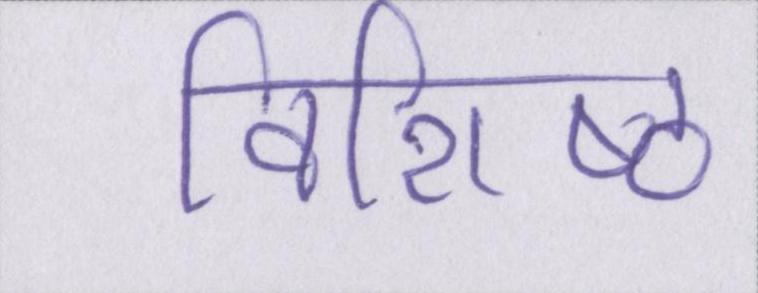
विशिष्ठ